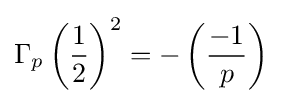
\Gamma _{p}\left({\frac {1}{2}}\right)^{2}=-\left({\frac {-1}{p}}\right)